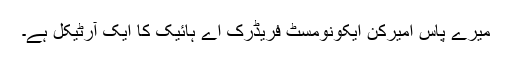
میرے پاس امیرکن ایکونومسٹ فریڈرک اے ہائیک کا ایک آرٹیکل ہے۔